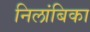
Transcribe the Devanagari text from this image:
निलांबिका